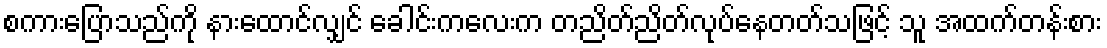
စကားပြောသည်ကို နားထောင်လျှင် ခေါင်းကလေးက တညိတ်ညိတ်လုပ်နေတတ်သဖြင့် သူ အထက်တန်းစား